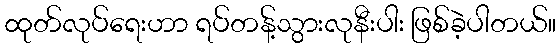
ထုတ်လုပ်ရေးဟာ ရပ်တန့်သွားလုနီးပါး ဖြစ်ခဲ့ပါတယ်။